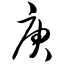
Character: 庚